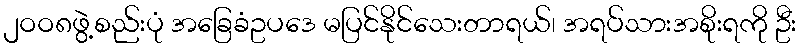
၂ဝဝ၈ဖွဲ့စည်းပုံ အခြေခံဥပဒေ မပြင်နိုင်သေးတာရယ်၊ အရပ်သားအစိုးရကို ဦး